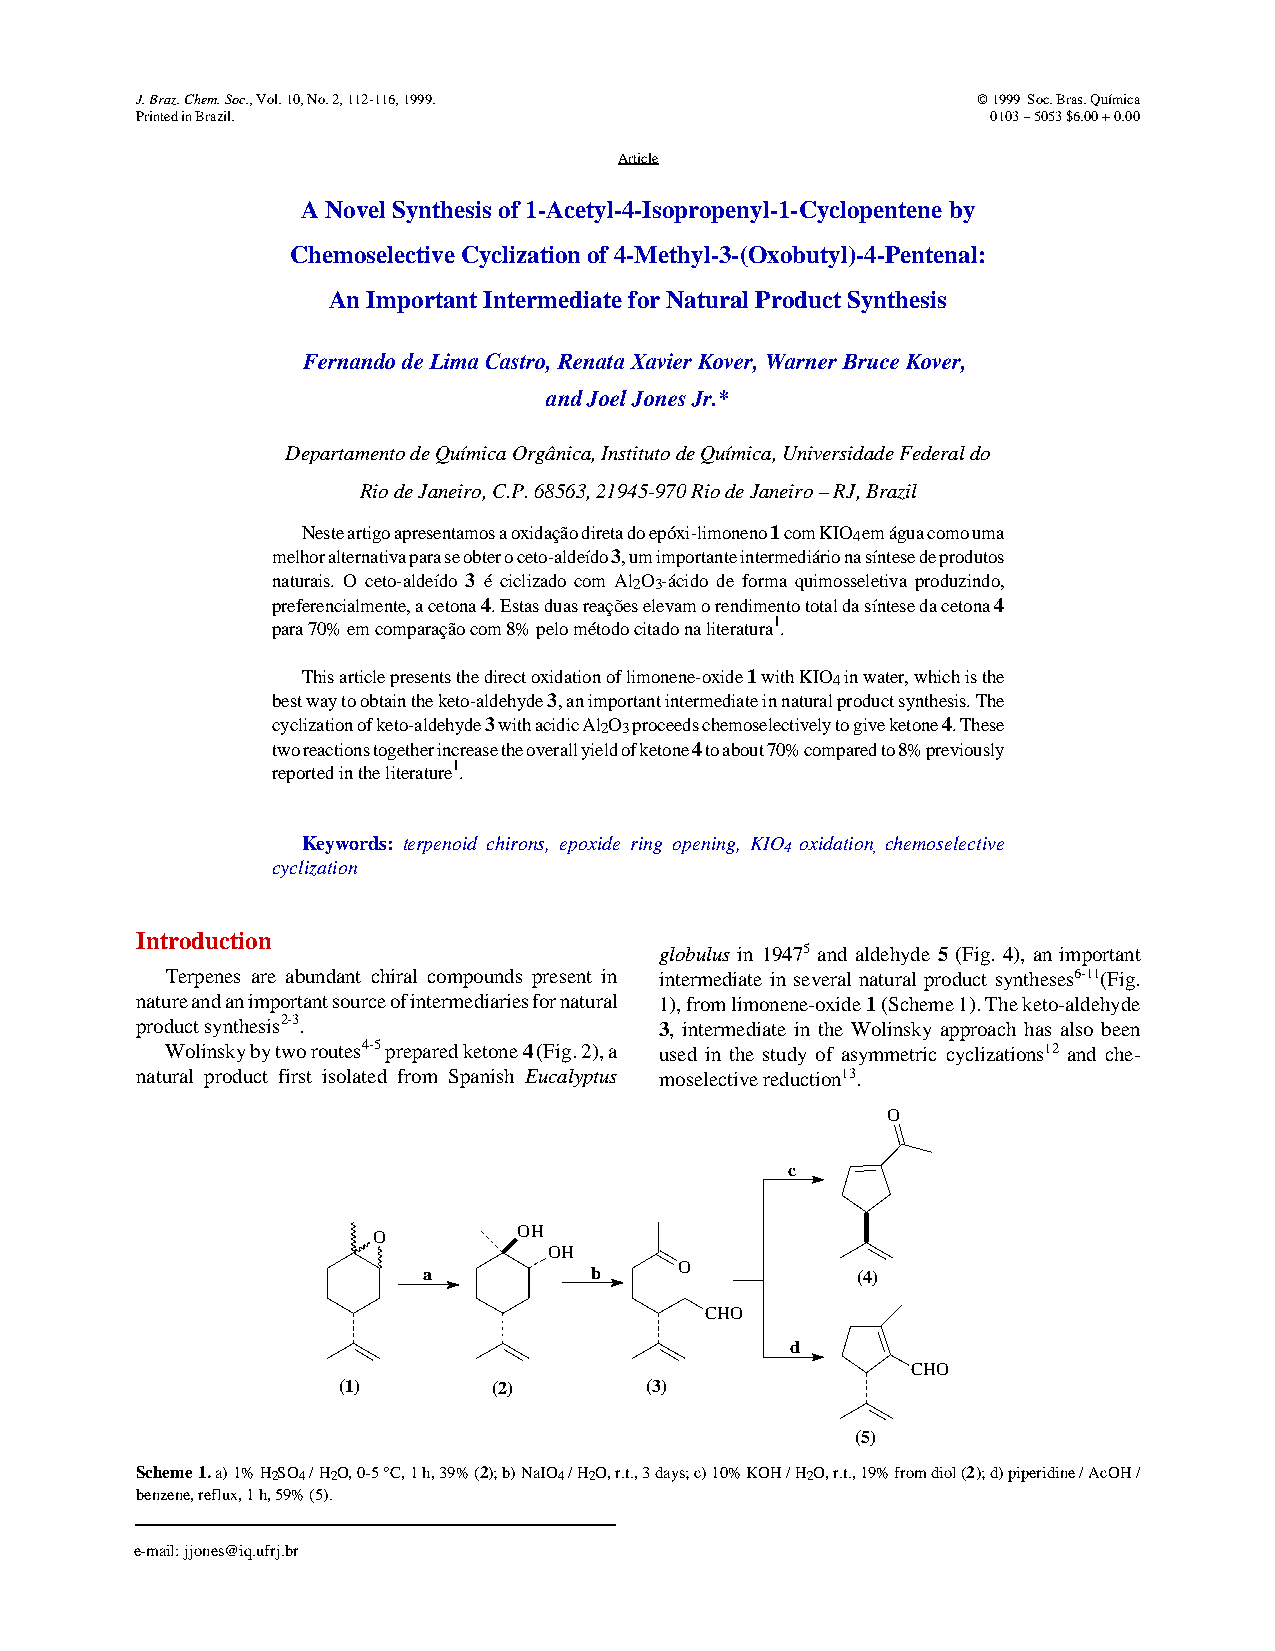
J. Braz. Chem. Soc., Vol. 10, No. 2, 112-116, 1999.     © 1999 Soc. Bras. Química
 Printed in Brazil.                                       0103 -- 5053 $6.00 + 0.00
 Article
 A Novel Synthesis of 1-Acetyl-4-Isopropenyl-1-Cyclopentene by
 Chemoselective Cyclization of 4-Methyl-3-(Oxobutyl)-4-Pentenal:
 An Important Intermediate for Natural Product Synthesis
 Fernando de Lima Castro, Renata Xavier Kover, Warner Bruce Kover,
 and Joel Jones Jr.*
 Departamento de Química Orgânica, Instituto de Química, Universidade Federal do
 Rio de Janeiro, C.P. 68563, 21945-970 Rio de Janeiro -- RJ, Brazil
 Neste artigo apresentamos a oxidação direta do epóxi-limoneno 1 com KIO4 em água como uma
 melhor alternativa para se obter o ceto-aldeído 3, um importante intermediário na síntese de produtos
 naturais. O ceto-aldeído 3 é ciclizado com Al2O3-ácido de forma quimosseletiva produzindo,
 preferencialmente, a cetona 4. Estas duas reações elevam o rendimento total da síntese da cetona 4
 1
 para 70% em comparação com 8% pelo método citado na literatura .
 This article presents the direct oxidation of limonene-oxide 1 with KIO4 in water, which is the
 best way to obtain the keto-aldehyde 3, an important intermediate in natural product synthesis. The
 cyclization of keto-aldehyde 3 with acidic Al2O3 proceeds chemoselectively to give ketone 4. These
 two reactions together increase the overall yield of ketone 4 to about 70% compared to 8% previously
 1
 reported in the literature .
 Keywords: terpenoid chirons, epoxide ring opening, KIO4 oxidation, chemoselective
 cyclization
 Introduction
 globulus in 19475 and aldehyde 5 (Fig. 4), an important
 Terpenes are abundant chiral compounds present in intermediate in several natural product syntheses6-11(Fig.
 nature and an important source of intermediaries for natural 1), from limonene-oxide 1 (Scheme 1). The keto-aldehyde
 product synthesis2-3.              3, intermediate in the Wolinsky approach has also been
 Wolinsky by two routes4-5 prepared ketone 4 (Fig. 2), a used in the study of asymmetric cyclizations12 and che-
 natural product first isolated from Spanish Eucalyptus moselective reduction13.
 O
 c
 OH
 O
 OH
 a          b     O           (4)
 CHO
 d
 CHO
 (1)        (2)       (3)
 (5)
 Scheme 1. a) 1% H2SO4 / H2O, 0-5 °C, 1 h, 39% (2); b) NaIO4 / H2O, r.t., 3 days; c) 10% KOH / H2O, r.t., 19% from diol (2); d) piperidine / AcOH /
 benzene, reflux, 1 h, 59% (5).
 e-mail: jjones@iq.ufrj.br